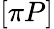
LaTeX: \left[\pi P\right]